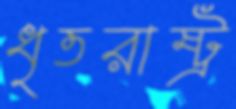
ধৃতরাষ্ট্র